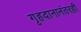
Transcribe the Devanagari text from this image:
गृहदानानंतरही